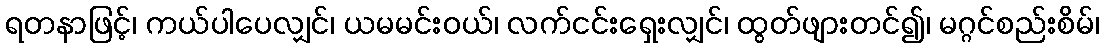
ရတနာဖြင့်၊ ကယ်ပါပေလျှင်၊ ယမမင်းဝယ်၊ လက်ငင်းရှေးလျှင်၊ ထွတ်ဖျားတင်၍၊ မဂ္ဂင်စည်းစိမ်၊